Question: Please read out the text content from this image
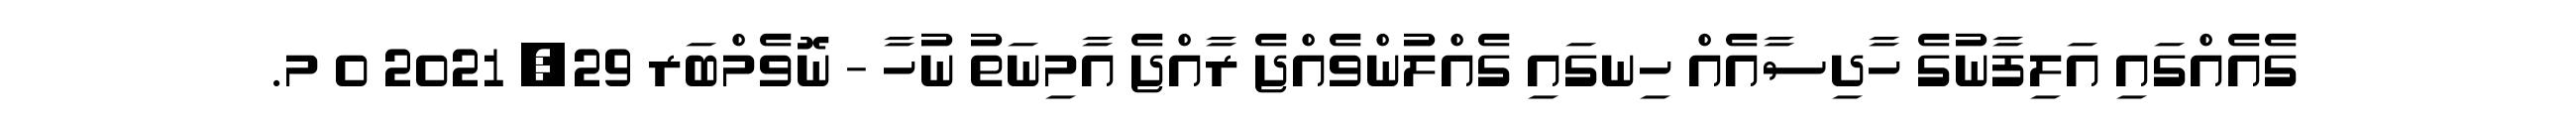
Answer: ގެއެއްގައި އަލިފާނުގެ ހާދިސާއެއް ހިނގައި ގެއްލުންވެއްޖެ ރާއްޖެ އާމިނަތު ނުހާ - ނޮވެމްބަރ 29, 2021 0 މ.